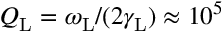
Q _ { \mathrm { L } } = \omega _ { \mathrm { L } } / ( 2 \gamma _ { \mathrm { L } } ) \approx 1 0 ^ { 5 }